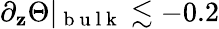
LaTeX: \partial_{\mathbf{z}}\Theta\vert_{\mathrm{{~b~u~l~k~}}}\lesssim-0.2